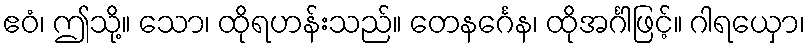
ဧဝံ၊ ဤသို့။ သော၊ ထိုရဟန်းသည်။ တေနင်္ဂေန၊ ထိုအင်္ဂါဖြင့်။ ဂါရယှော၊